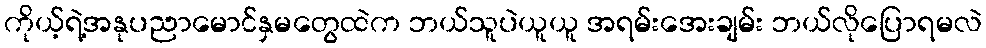
ကိုယ့်ရဲ့အနုပညာမောင်နှမတွေထဲက ဘယ်သူပဲယူယူ အရမ်းအေးချမ်း ဘယ်လိုပြောရမလဲ